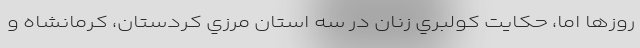
روزها اما، حكايت كولبري زنان در سه استان مرزي كردستان، كرمانشاه و